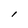
Character: l